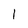
Character: 1